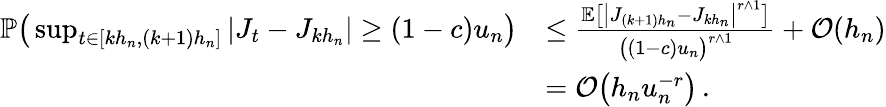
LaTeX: \begin{array}{rl}{\mathbb{P}\big(\operatorname*{sup}_{\substack{t\in[kh_{n},(k+1)h_{n}]}}|J_{t}-J_{kh_{n}}|\ge(1-c)u_{n}\big)}&{\le\frac{\mathbb{E}\big[\big|J_{(k+1)h_{n}}-J_{kh_{n}}\big|^{r\wedge 1}\big]}{\big((1-c)u_{n}\big)^{r\wedge 1}}+\mathcal{O}(h_{n})}\\ &{=\mathcal{O}\big(h_{n}u_{n}^{-r}\big)\, .}\end{array}